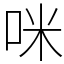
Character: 咪